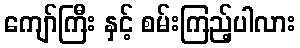
ကျော်ကြီး နှင့် စမ်းကြည့်ပါလား